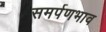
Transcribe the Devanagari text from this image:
समर्पणभाव